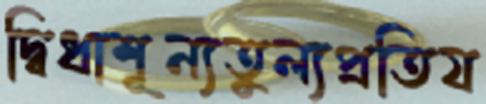
দ্বিধাশূন্যতুল্যপ্রতিয